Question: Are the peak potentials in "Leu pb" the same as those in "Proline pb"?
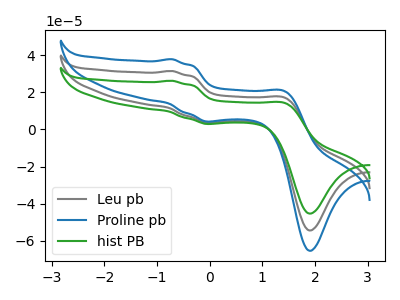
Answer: <think>The gray curve "Leu pb" has anodic peaks at (-0.70V, 31.50uA) (1.45V, 16.95uA) and cathodic peaks at (0.05V, 3.55uA) (1.90V, -54.35uA). The blue curve "Proline pb" has anodic peaks at (-0.70V, 62.95uA) (1.45V, 33.90uA) and cathodic peaks at (0.05V, 7.10uA) (1.90V, -108.75uA). The green curve "hist PB" has anodic peaks at (-0.70V, 26.20uA) (1.45V, 14.10uA) and cathodic peaks at (0.05V, 2.95uA) (1.90V, -45.25uA).</think>
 <answer>Yes, "Leu pb" have a peak in "Proline pb" at the same potential.</answer>
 <eval>match</eval>